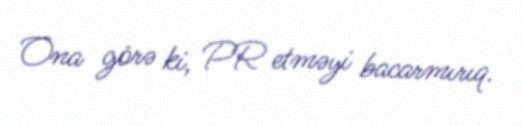
Ona görə ki, PR etməyi bacarmırıq.